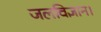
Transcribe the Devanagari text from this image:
जलविज्ञान।